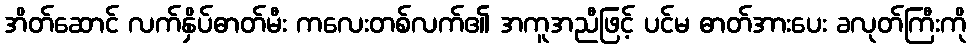
အိတ်ဆောင် လက်နှိပ်ဓာတ်မီး ကလေးတစ်လက်၏ အကူအညီဖြင့် ပင်မ ဓာတ်အားပေး ခလုတ်ကြီးကို